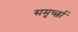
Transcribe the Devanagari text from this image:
समूर्च्छा